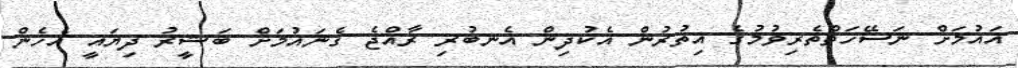
އައުމަށް ނަސޭހަތްތެރިވުމުގެ އިތުރުން އެކުދިން އެނބުރި ރާއްޖެ ގެނައުމަށް ބަޝީރު ދިޔައީ އެހެން